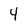
Character: 4